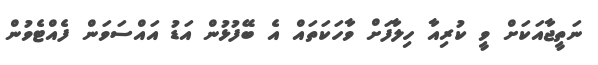
ނަތީޖާއަކަށް ވީ ކުރިއާ ހިލާފަށް ވާހަކަތައް އެ ބޭފުޅުން އަޑު އައްސަވަން ފެއްޓެވުން